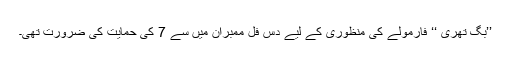
’’بگ تھری ‘‘ فارمولے کی منظوری کے لیے دس فل ممبران میں سے 7 کی حمایت کی ضرورت تھی۔